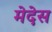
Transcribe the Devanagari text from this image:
मेदेस